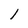
Character: l